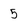
Character: 5